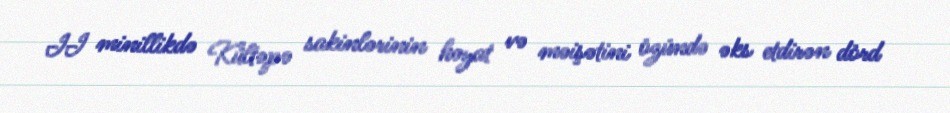
II minillikdə Kültəpə sakinlərinin həyat və məişətini özündə əks etdirən dörd